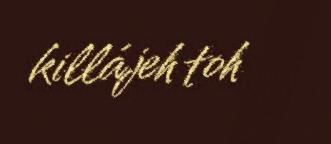
killájeh toh